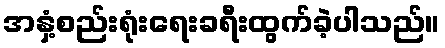
အနှံ့စည်းရုံးရေးခရီးထွက်ခဲ့ပါသည်။